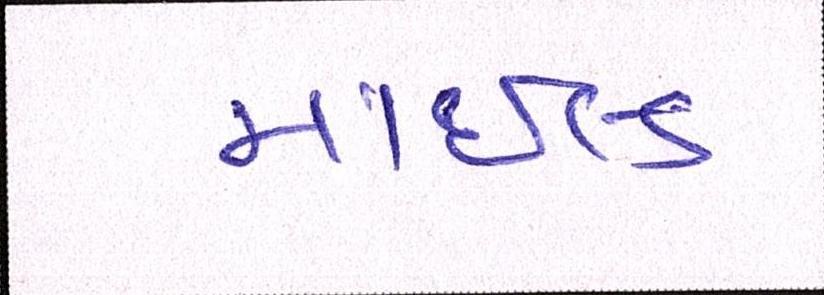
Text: માઇલ્ડ